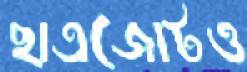
ছাত্রজোটও